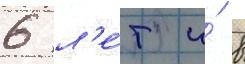
6 л'е́т и́ в